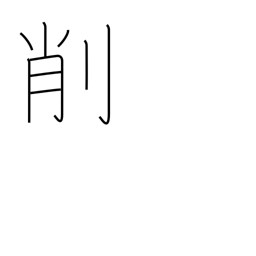
Meaning: whittle